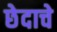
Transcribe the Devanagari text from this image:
छेदाचे